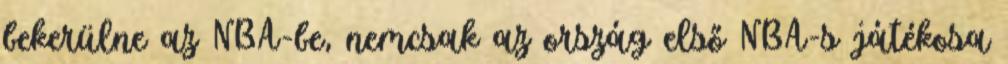
bekerülne az NBA-be, nemcsak az ország első NBA-s játékosa